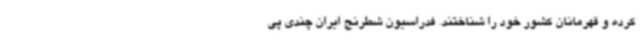
کرده و قهرمانان کشور خود را شناختند. فدراسیون شطرنج ایران چندی پی